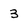
Character: 3